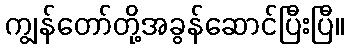
ကျွန်တော်တို့အခွန်ဆောင်ပြီးပြီ။